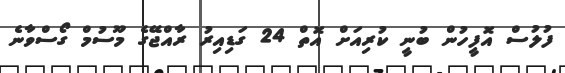
ފުލުސް އޮފީހުން ބުނީ ކުރިއަށް އޮތް 24 ގަޑިއިރު ރާއްޖޭގެ މޫސުމް ގޯސްވާނެ